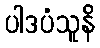
ပါဒပံသူနိ